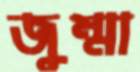
জুম্মা